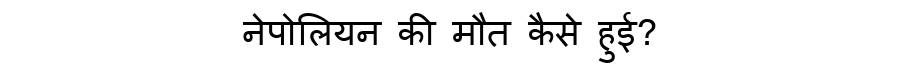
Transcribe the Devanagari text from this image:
नेपोलियन की मौत कैसे हुई?